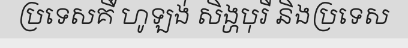
ប្រទេសគឺ ហូឡង់ សិង្ហបុរី និងប្រទេស